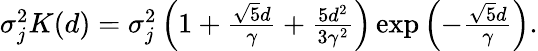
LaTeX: \begin{array}{r}{\sigma_{j}^{2}K(d)=\sigma_{j}^{2}\left(1+\frac{\sqrt{5}d}{\gamma}+\frac{5d^{2}}{3\gamma^{2}}\right)\exp\left(-\frac{\sqrt{5}d}{\gamma}\right).}\end{array}